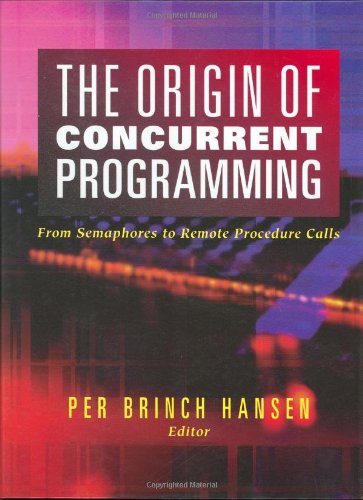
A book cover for The Origin of Concurrent Programming: From Semaphores to Remote Procedure Calls; Computers & Technology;